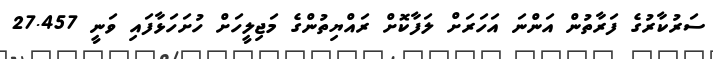
ސަރުކާރުގެ ފަރާތުން އަންނަ އަހަރަށް ލަފާކޮށް ރައްޔިތުންގެ މަޖިލީހަށް ހުށަހަޅާފައި ވަނީ 27.457